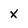
Character: X